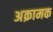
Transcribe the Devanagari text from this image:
अक्रामक